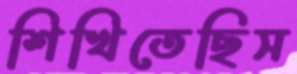
শিখিতেছিস